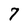
Character: 7